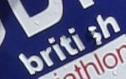
british